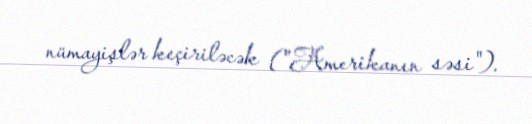
nümayişlər keçiriləcək ("Amerikanın səsi").